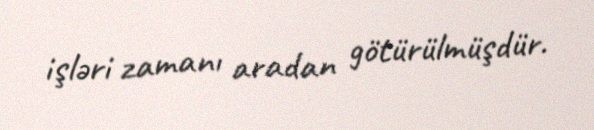
işləri zamanı aradan götürülmüşdür.